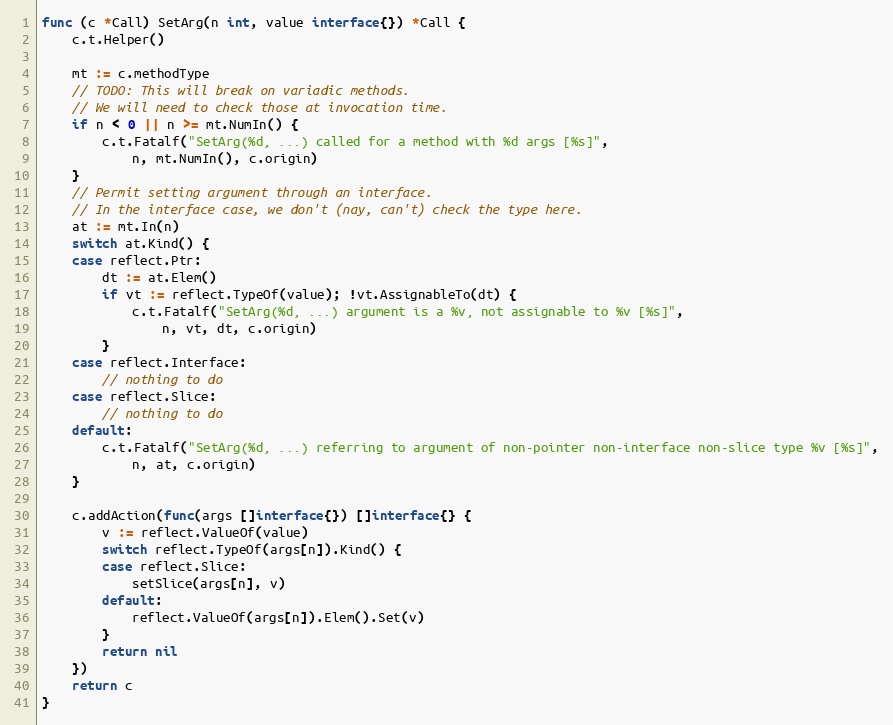
Language: Go
func (c *Call) SetArg(n int, value interface{}) *Call {
	c.t.Helper()

	mt := c.methodType
	// TODO: This will break on variadic methods.
	// We will need to check those at invocation time.
	if n < 0 || n >= mt.NumIn() {
		c.t.Fatalf("SetArg(%d, ...) called for a method with %d args [%s]",
			n, mt.NumIn(), c.origin)
	}
	// Permit setting argument through an interface.
	// In the interface case, we don't (nay, can't) check the type here.
	at := mt.In(n)
	switch at.Kind() {
	case reflect.Ptr:
		dt := at.Elem()
		if vt := reflect.TypeOf(value); !vt.AssignableTo(dt) {
			c.t.Fatalf("SetArg(%d, ...) argument is a %v, not assignable to %v [%s]",
				n, vt, dt, c.origin)
		}
	case reflect.Interface:
		// nothing to do
	case reflect.Slice:
		// nothing to do
	default:
		c.t.Fatalf("SetArg(%d, ...) referring to argument of non-pointer non-interface non-slice type %v [%s]",
			n, at, c.origin)
	}

	c.addAction(func(args []interface{}) []interface{} {
		v := reflect.ValueOf(value)
		switch reflect.TypeOf(args[n]).Kind() {
		case reflect.Slice:
			setSlice(args[n], v)
		default:
			reflect.ValueOf(args[n]).Elem().Set(v)
		}
		return nil
	})
	return c
}